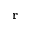
\mathbf { r }